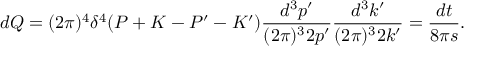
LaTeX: d Q = ( 2 \pi ) ^ { 4 } \delta ^ { 4 } ( P + K - P ^ { \prime } - K ^ { \prime } ) \frac { d ^ { 3 } p ^ { \prime } } { ( 2 \pi ) ^ { 3 } 2 p ^ { \prime } } \frac { d ^ { 3 } k ^ { \prime } } { ( 2 \pi ) ^ { 3 } 2 k ^ { \prime } } = \frac { d t } { 8 \pi s } .